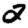
Digit: 2